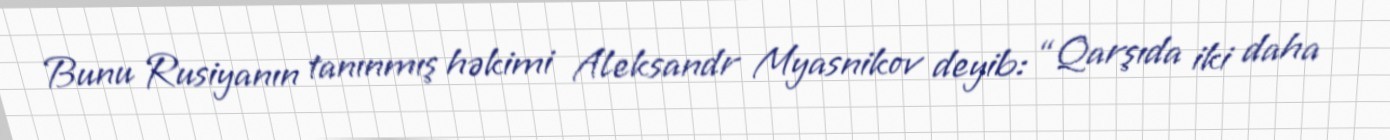
Bunu Rusiyanın tanınmış həkimi Aleksandr Myasnikov deyib: “Qarşıda iki daha